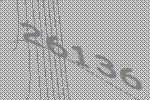
26136